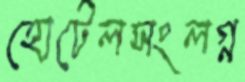
হোটেলসংলগ্ন